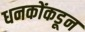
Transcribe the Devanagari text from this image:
धनकोंकडून